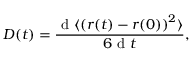
D ( t ) = \frac { \mathrm { ~ d ~ } \langle \left( \boldsymbol { r } ( t ) - \boldsymbol { r } ( 0 ) \right) ^ { 2 } \rangle } { 6 \mathrm { ~ d ~ } t } ,